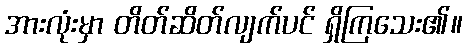
အားလုံးမှာ တိတ်ဆိတ်လျက်ပင် ရှိကြသေး၏။